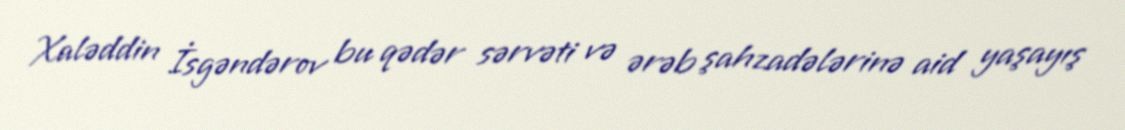
Xaləddin İsgəndərov bu qədər sərvəti və ərəb şahzadələrinə aid yaşayış